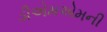
ડીએમએમની